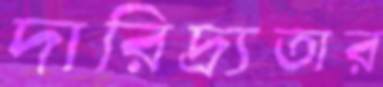
দারিদ্র্যতার